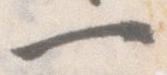
一